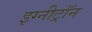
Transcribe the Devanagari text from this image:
इग्नीट्रॉन